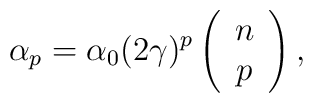
\alpha _{p}=\alpha _{0}(2\gamma )^{p}\left( \begin{array}{c}n \\ p\end{array}\right) ,